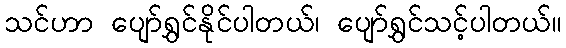
သင်ဟာ ပျော်ရွှင်နိုင်ပါတယ်၊ ပျော်ရွှင်သင့်ပါတယ်။